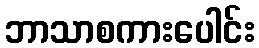
ဘာသာစကားပေါင်း